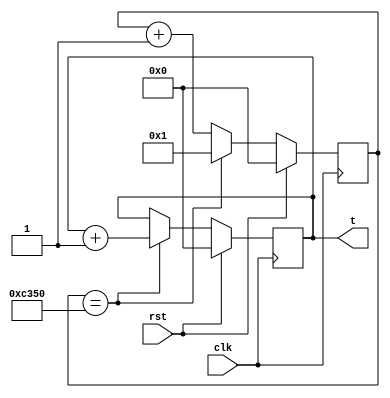
module system_timer(input clk, input rst, output [31:0] t);
reg [31:0] cycle_count;
reg [31:0] ms_count;

assign t = ms_count;

always@(posedge clk) begin
	if (rst) begin
		cycle_count <= 0;
		ms_count <= 0;
	end
	else if (cycle_count == 32'd50000) begin
		ms_count <= ms_count + 1;
		cycle_count <= 1;
	end
	else begin
		cycle_count <= cycle_count + 1;
	end
end
endmodule